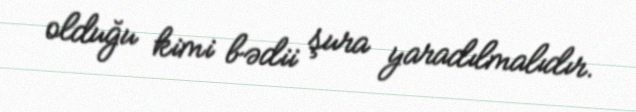
olduğu kimi bədii şura yaradılmalıdır.